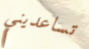
تساعديني